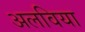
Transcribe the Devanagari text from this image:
अलविया